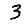
Digit: 3